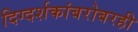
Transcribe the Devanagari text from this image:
दिग्दर्शकांबरोबरही